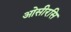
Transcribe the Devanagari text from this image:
ओसीरसि